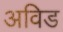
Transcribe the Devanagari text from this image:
अविड